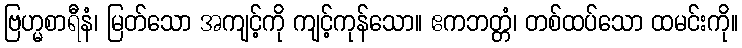
ဗြဟ္မစာရီနံ၊ မြတ်သော အကျင့်ကို ကျင့်ကုန်သော။ ဧကဘတ္တံ၊ တစ်ထပ်သော ထမင်းကို။